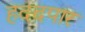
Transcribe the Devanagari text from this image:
हददपार